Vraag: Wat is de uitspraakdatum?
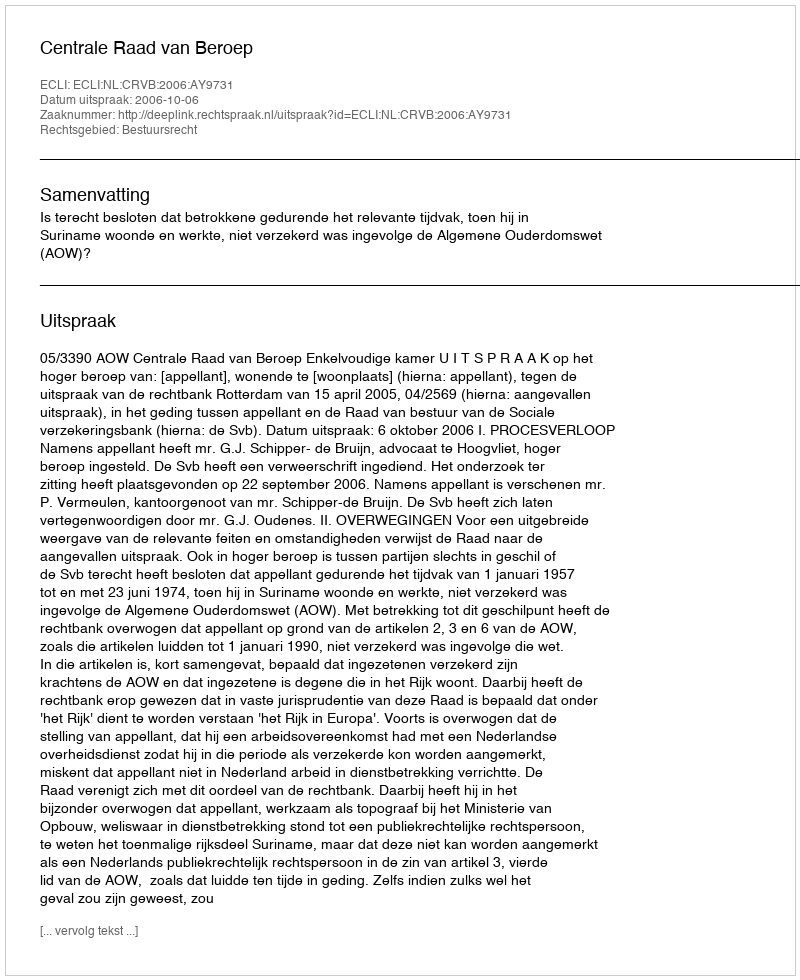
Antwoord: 2006-10-06